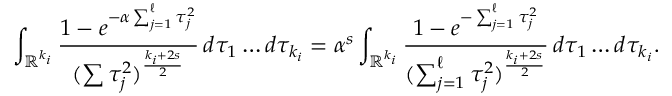
\int _ { \mathbb { R } ^ { k _ { i } } } \frac { 1 - e ^ { - \alpha \sum _ { j = 1 } ^ { \ell } \tau _ { j } ^ { 2 } } } { ( \sum \tau _ { j } ^ { 2 } ) ^ { \frac { k _ { i } + 2 s } { 2 } } } \, d \tau _ { 1 } \dots d \tau _ { k _ { i } } = \alpha ^ { s } \int _ { \mathbb { R } ^ { k _ { i } } } \frac { 1 - e ^ { - \sum _ { j = 1 } ^ { \ell } \tau _ { j } ^ { 2 } } } { ( \sum _ { j = 1 } ^ { \ell } \tau _ { j } ^ { 2 } ) ^ { \frac { k _ { i } + 2 s } { 2 } } } \, d \tau _ { 1 } \dots d \tau _ { k _ { i } } .